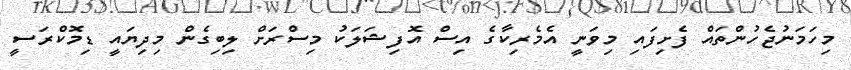
މިހަމަނުޖެހުންތައް ފެށިފައި މިވަނީ އެމެރިކާގެ އިސް އޮފިޝަލަކު މިސްރަށް ލިބިގެން މިދިޔައީ ޑިމޮކްރަސީ